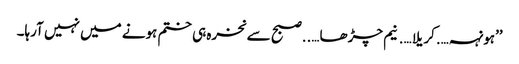
’’ہونہہ….کریلا….نیم چڑھا…..صبح سے نخرہ ہی ختم ہونے میں نہیں آرہا۔